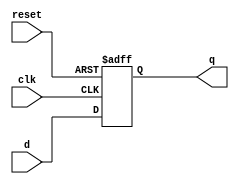
module d_flip_flop (
    input wire clk,        // Clock signal
    input wire reset,      // Reset signal
    input wire d,         // Data input
    output reg q          // Data output
);

// Always block sensitive to the negative edge of clk
always @(negedge clk or posedge reset) begin
    if (reset) begin
        q <= 1'b0;         // Initialize output q to 0 on reset
    end else begin
        q <= d;           // Capture the input d on the negative edge of clock
    end
end

endmodule